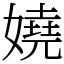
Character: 嬈